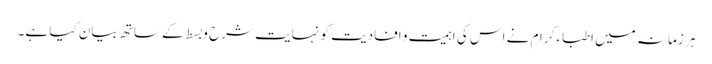
ہر زمانہ میں اطباء کرام نے اس کی اہمیت و افادیت کو نہایت شرح و بسط کے ساتھ بیان کیا ہے۔